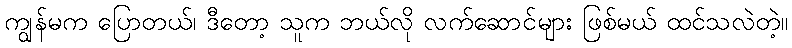
ကျွန်မက ပြောတယ်၊ ဒီတော့ သူက ဘယ်လို လက်ဆောင်များ ဖြစ်မယ် ထင်သလဲတဲ့။